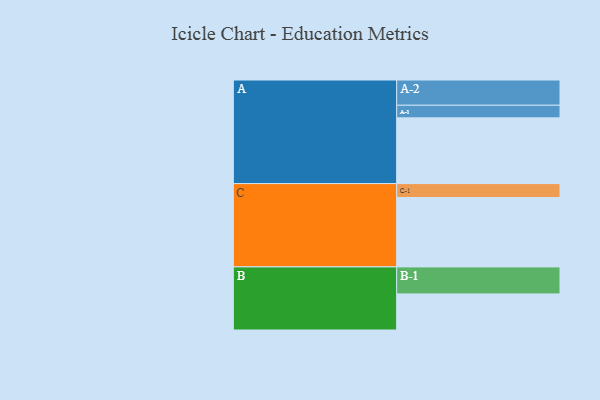
{"axis": {"x": "Segment", "y": "Value"}, "legend": ["", "A", "B", "C"], "data": [{"x": "A", "y": 552, "type": ""}, {"x": "B", "y": 303, "type": ""}, {"x": "C", "y": 583, "type": ""}, {"x": "A-1", "y": 106, "type": "A"}, {"x": "A-2", "y": 212, "type": "A"}, {"x": "B-1", "y": 227, "type": "B"}, {"x": "C-1", "y": 117, "type": "C"}]}